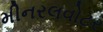
મીનરલવોટર